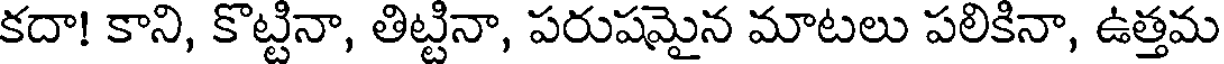
కదా! కాని, కొట్టినా, తిట్టినా, పరుషమైన మాటలు పలికినా, ఉత్తమ